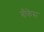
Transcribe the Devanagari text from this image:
बीकेस